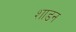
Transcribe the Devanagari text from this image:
शाडन